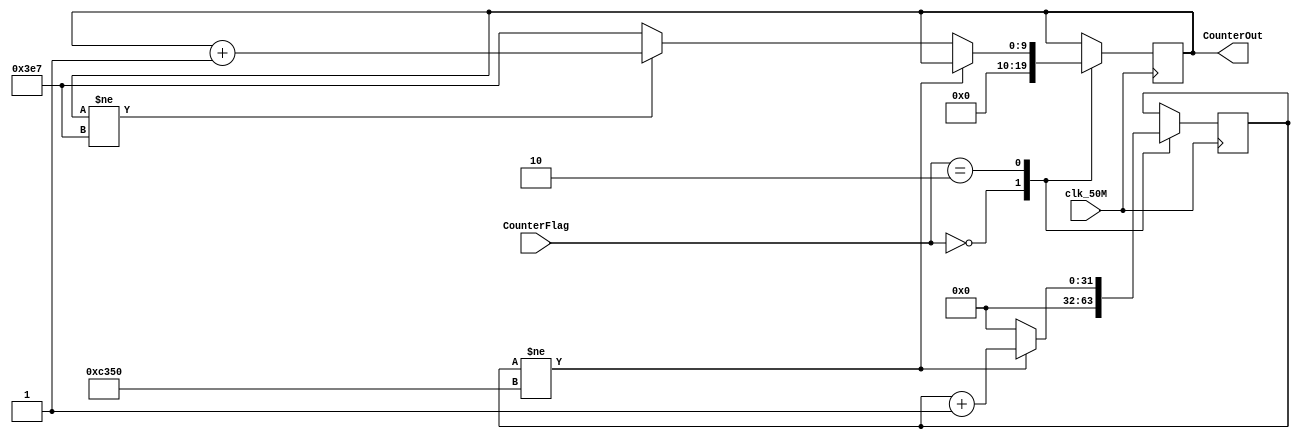
//1ms1999
//MainLogicCounterFlag
module Counter(
    clk_50M,CounterFlag,CounterOut
);
//
//clk_50M50MHz
//CounterFlag
//00->01->10->
input clk_50M;
input [1:0]CounterFlag;
//
//CounterOut999
output reg [9:0]CounterOut;

//
//counter50MHz1ms1000
reg [31:0]counter;

initial begin
    //
    counter <= 32'b0;
    CounterOut <= 10'b0;
end

always @(posedge clk_50M) begin
    //CounterFlag
    case(CounterFlag)
        2'b00:begin
            //
            counter <= 32'b0;
            CounterOut <= 10'b0;
        end
        2'b01:begin
            //
            counter <= counter;
            CounterOut <= CounterOut;
        end
        2'b10:begin
            //
            if (counter != 32'd50000) begin
                counter <= counter + 1;
            end
            else begin
                counter <= 32'b0;
                if (CounterOut != 10'd999) begin
                    CounterOut <= CounterOut + 1;
                end
                else begin
                    CounterOut <= 10'd999;
                end
            end
        end
        default:begin
            //
            counter <= counter;
            CounterOut <= CounterOut;
        end
    endcase
end
endmodule